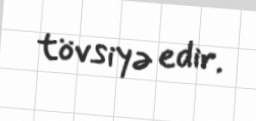
tövsiyə edir.